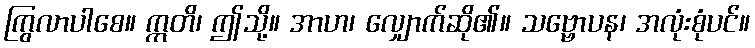
ကြွလာပါစေ။ ဣတိ၊ ဤသို့။ အာဟ၊ လျှောက်ဆို၏။ သဗ္ဗောပန၊ အလုံးစုံပင်။